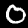
Label: 0